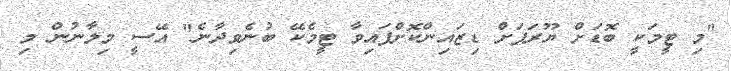
"މި ޓީމަކީ ބޮޑަށް ޔޫރަޕަށް ޑިޒައިންކޮށްފައިވާ ޓީމެކޭ ބުނެވިދާނެ" އޭސީ މިލާނުން މި